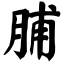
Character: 脯